Malaria in the Duars
Disease focus: Malaria
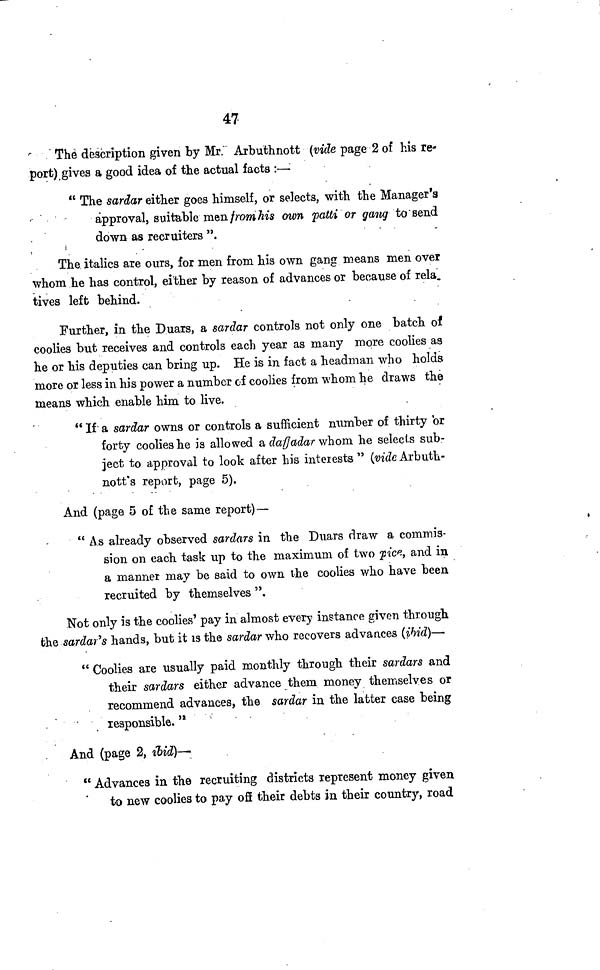
47
The description given by Mr." Arbuthnott (vide page 2 of his re-
port) gives a good idea of the actual facts :—
" The sardar either goes himself, or selects, with the Manager's
approval, suitable men from his own patti or gang to send
down as recruiters ".
The italics are ours, for men from his own gang means men over
whom he has control, either by reason of advances or because of rela.
tives left behind.
Further, in the Duars, a sardar controls not only one batch of
coolies but receives and controls each year as many more coolies as
he or his deputies can bring up. He is in fact a headman who holds
more or less in his power a number of coolies from whom he draws the
means which enable him to live.
" If a sardar owns or controls a sufficient number of thirty or
forty coolies he is allowed a dafjadar whom he selects sub-
ject to approval to look after his interests" (vide Arbuth-
nott' s report, page 5).
And (page 5 of the same report) —
" As already observed sardars in the Duars draw a commis-
sion on each task up to the maximum of two Pice, and in
a manner may be said to own the coolies who have been
recruited by themselves ".
Not only is the coolies' pay in almost every instance given through
the sardai's hands, but it is the sardar who recovers advances (ibid)—
" Coolies are usually paid monthly through their sardars and
their sardars either advance them money themselves or
recommend advances, the sardar in the latter case being
responsible."
And (page 2, ibid)—
" Advances in the recruiting districts represent money given
to new coolies to pay off their debts in their country, road